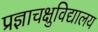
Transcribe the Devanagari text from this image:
प्रज्ञाचक्षुविद्यालय